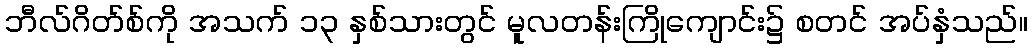
ဘီလ်ဂိတ်စ်ကို အသက် ၁၃ နှစ်သားတွင် မူလတန်းကြိုကျောင်း၌ စတင် အပ်နှံသည်။